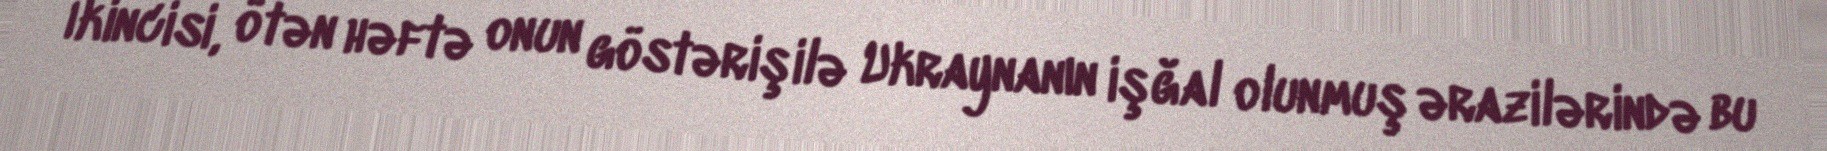
İkincisi, ötən həftə onun göstərişilə Ukraynanın işğal olunmuş ərazilərində bu